Bréfritari: Jakobína Jónsdóttir
Viðtakandi: Sólveig Jónsdóttir
Dagsetning: A-1869-04-13
Skrifað á: Hólmum  S-Múl.
systir bréfviðtakanda

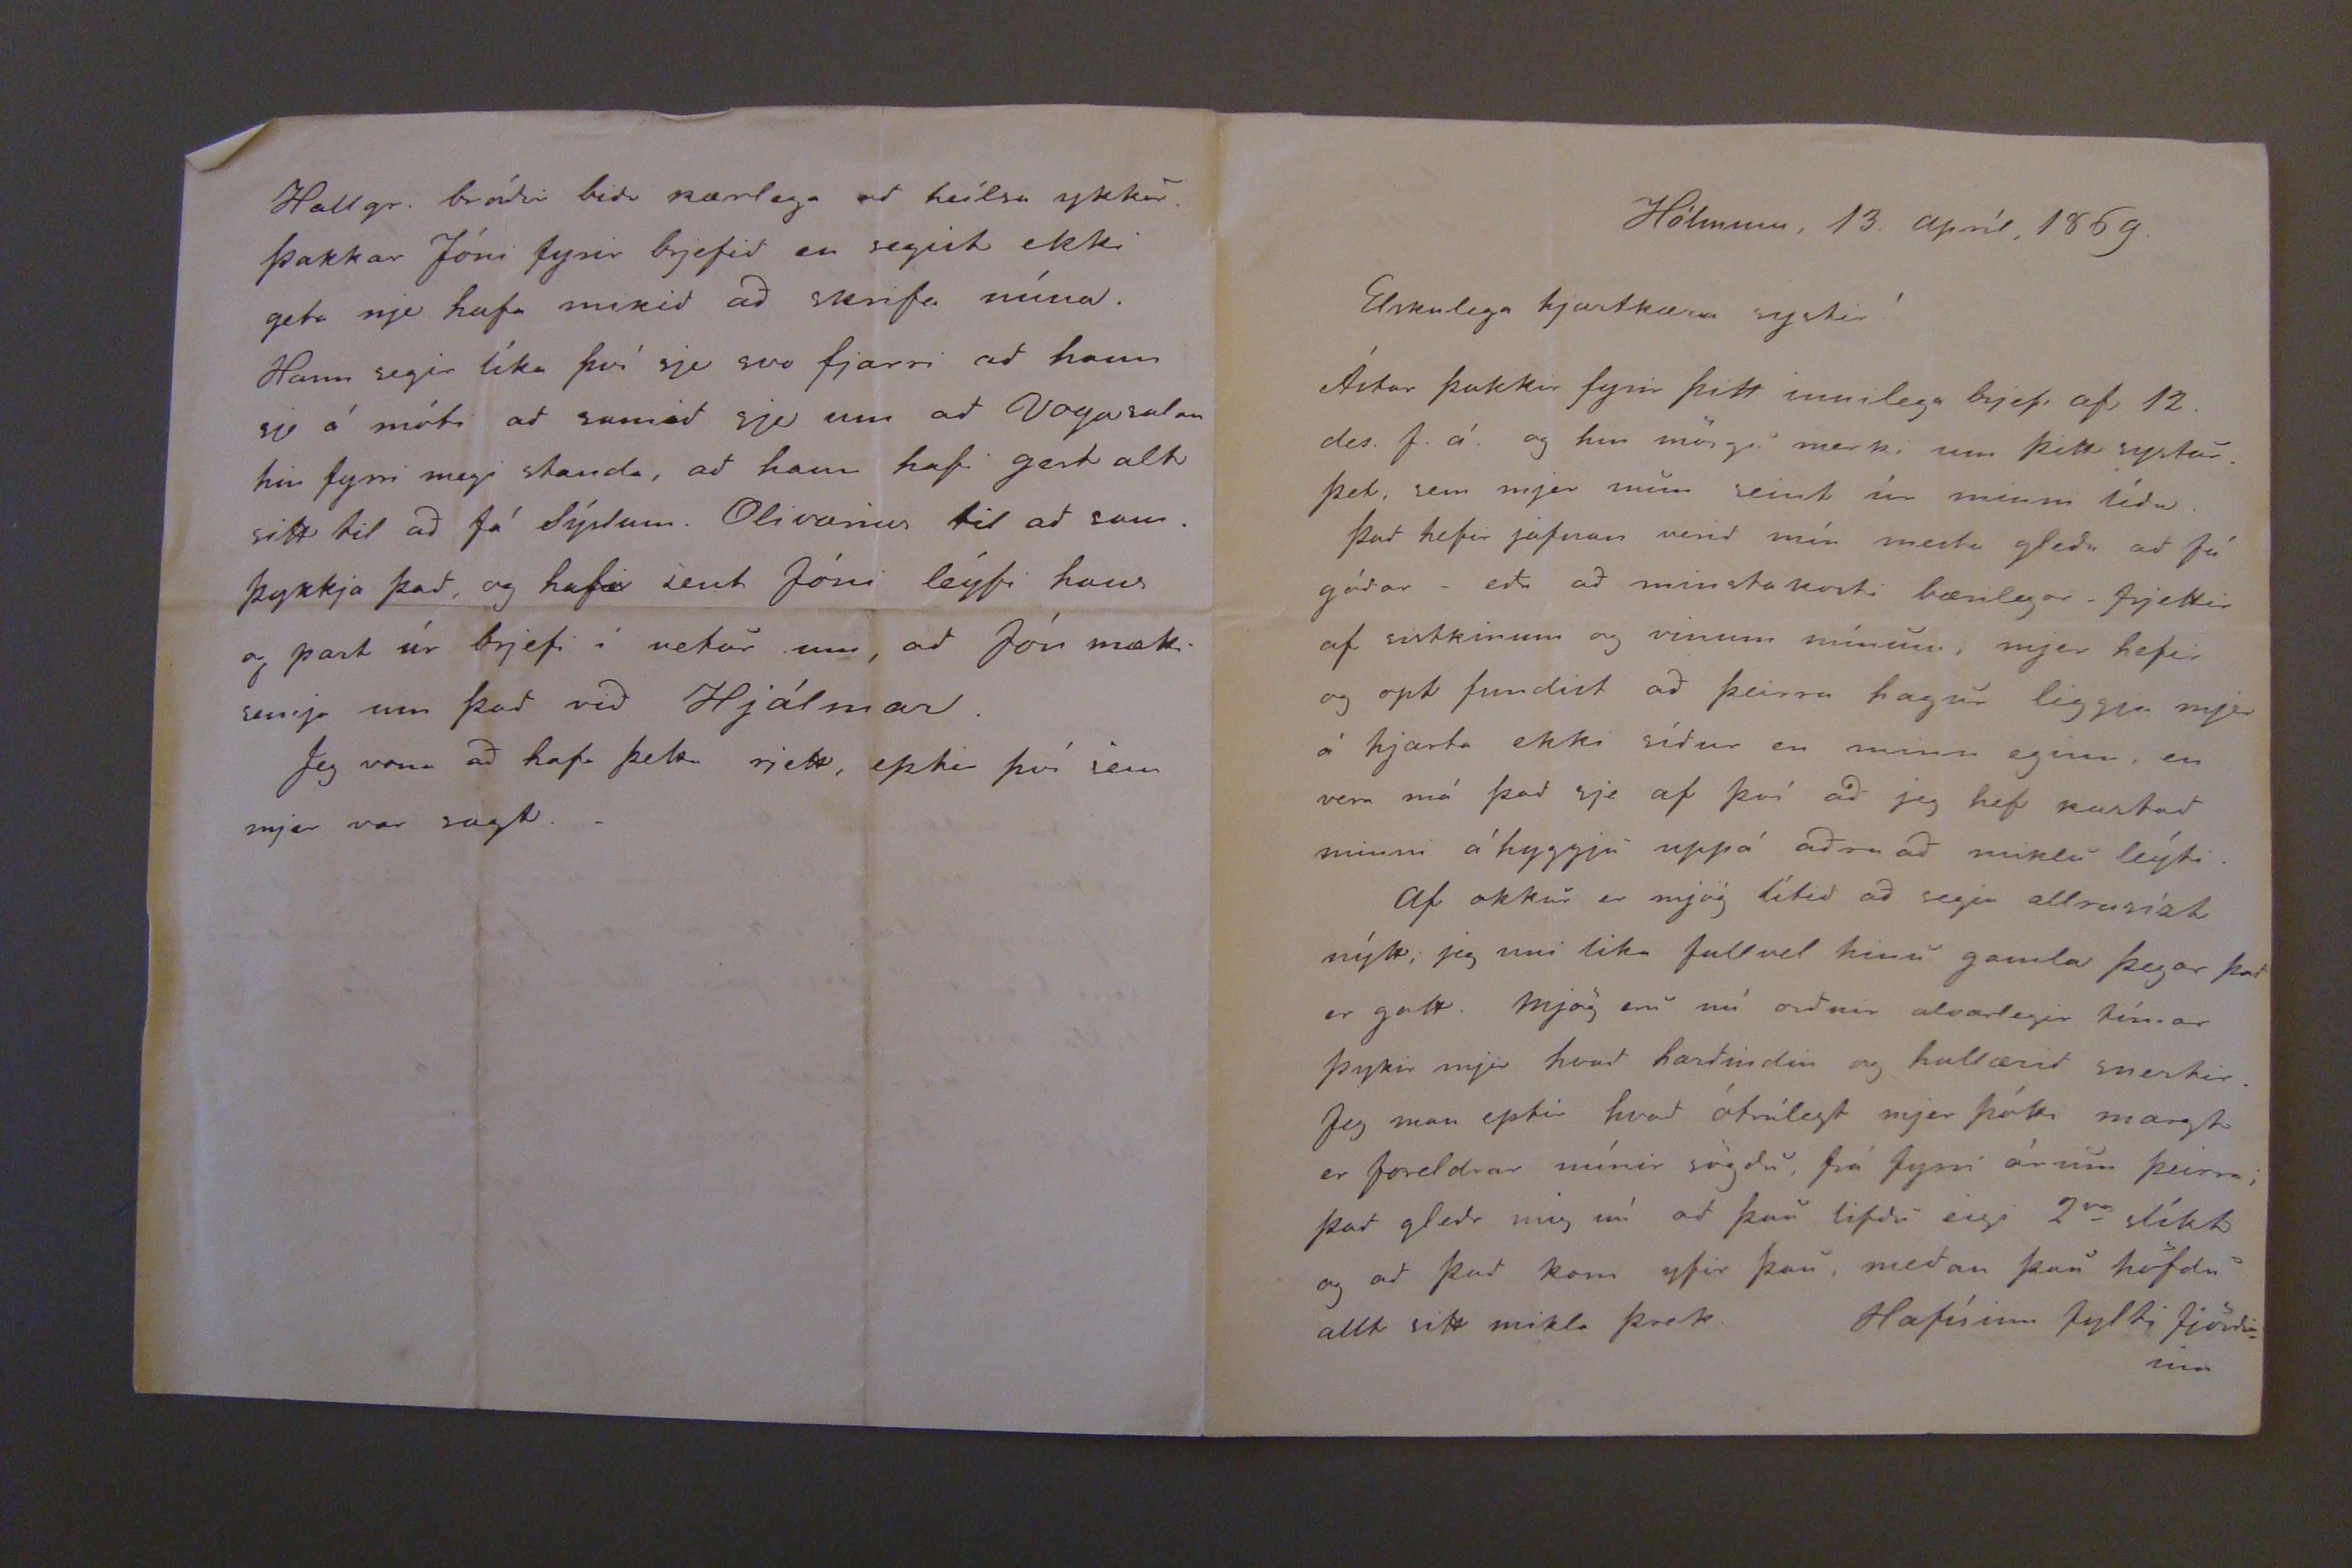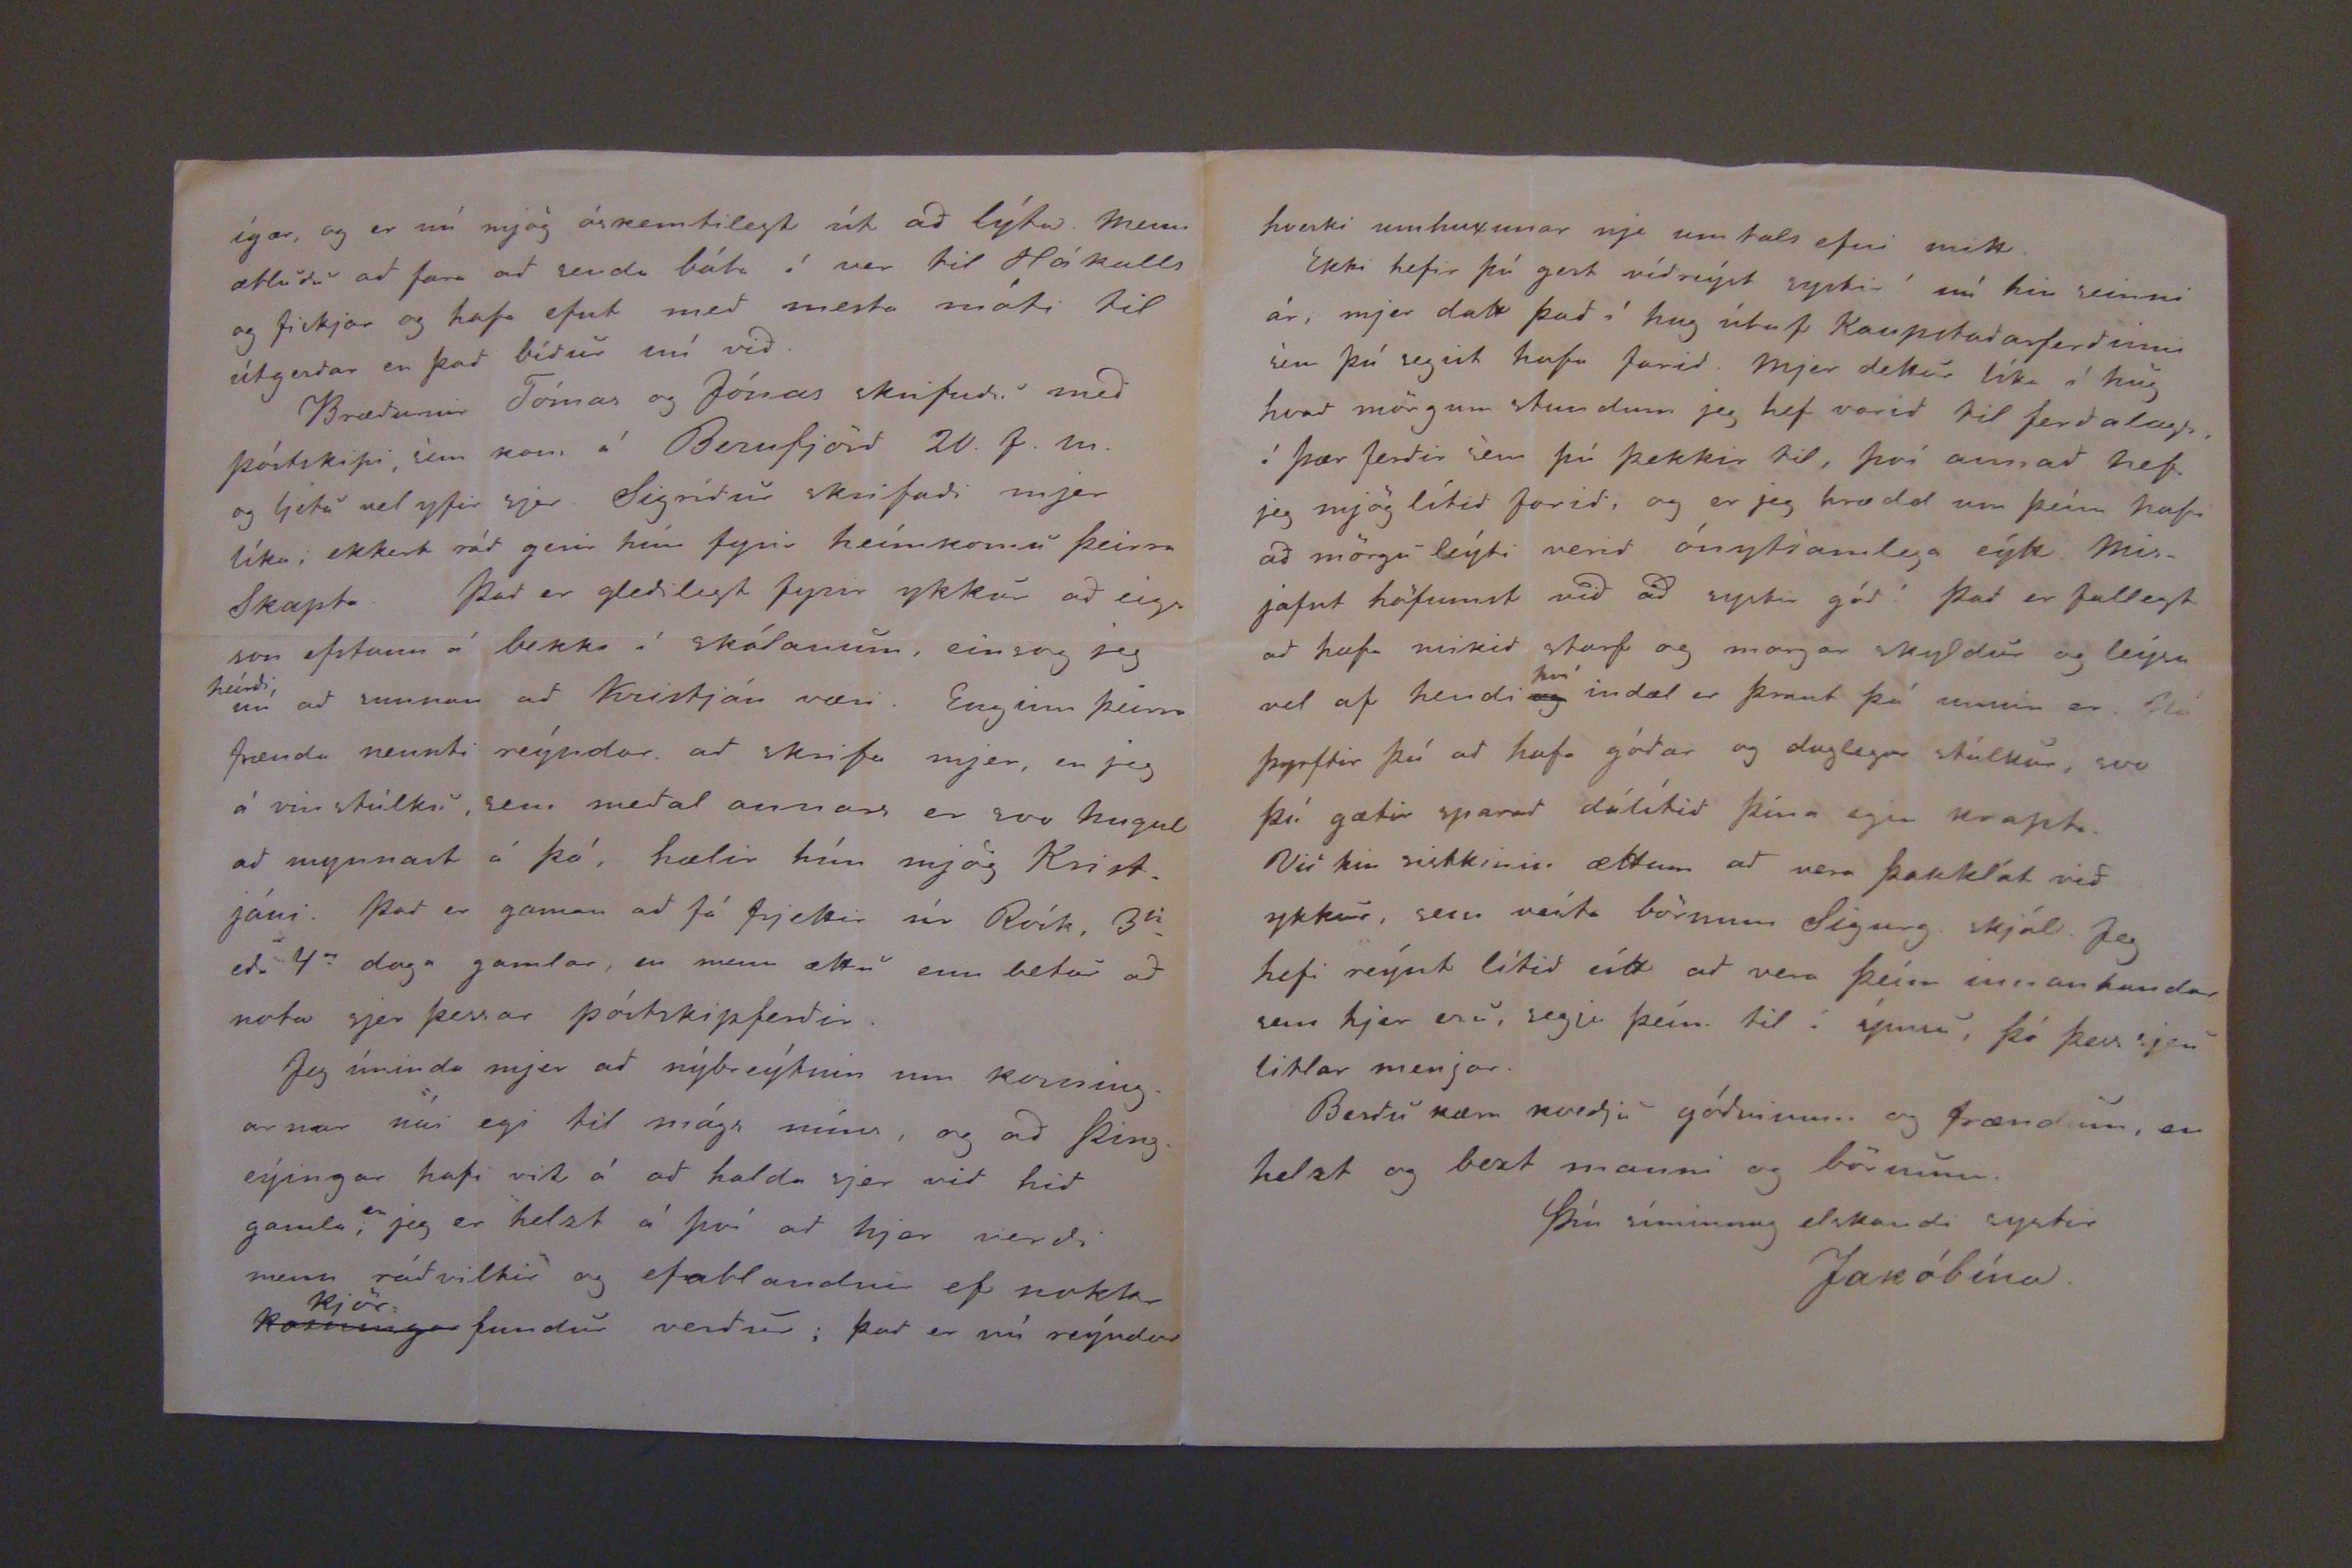

Hólmum, 13. apríl, 1869.
Elskulega hjartkæra systir!
Ástar þakkir fyrir þitt innilega brjef af 12. des. f.á. og hin mörgu merki um þitt systurþet sem mjer mun seint úr minni lída.
Þad hefir jafnan verid mín mesta gledi ad fá gódar -eda ad minnstakosti bærilegar- frjettir af sistkinum og vinum mínum, mjer hefir og opt fundist ad þeirra hagur liggja mjer á hjarta ekki sídur en minn eginn, en vera má þad sje af því ad jeg hef kostad minni áhyggju uppá adra ad miklu leýti.
Af okkur er mjög lítid ad segja allrasíst nýtt, jeg uni lika fullvel hinu gamla þegar þad er gott. Mjög eru nú ordnir alvarlegir tímar þykir mjer hvad hardindin og hallærid snertir. Jeg man eptir hvad ótrúlegt mjer þótti margt er foreldrar mínir sögdu, frá fyrri árum þeirra; þad gledr mig nú ad þau lifdu eigi 2
an
slíkt og ad þad kom yfir þau, medan þau höfdu allt sitt mikla þrek Hafísinn fylti fjördinn
ígær, og er nú mjög óskemtilegt út ad lýta. Menn ætludu ad fara ad senda báta í vor til Hákalls og fiskjar og hafa efnt med mesta móti til útgerdar er þad bídur nú vid.
Brædurnir Tómas og ónast skrifudu med póstskipi, sem kom á Beruförd 20. f.m. og ljetu vel yfir sjer. Sigrídur skrifadi mjer líka, ekkert rád gerir hún fyrir heímkomu þeirra Skapta. Þad er gledilegt fyrir ykkur ad eiga son efstann á bekki á skólanum, einsog jeg
heírdi
nú ad sunnan ad Kristján væri. Enginn þeirra frænda nennti reýndar ad skrifa mjer, en jeg á vinstúlku, sem medal annars er svo hugul ad mynnast á þá, hælir hún mjög Kristjáni. Þad er gaman ad fá frjettir úr Rvík, 3ja eda 4a daga gamlar, en menn ættu enn betur ad nota sjer þessar póstskipferdir.
Jeg úrinda mjer ad nýbreýtnin um kosningarnar nái egi til mágs míns, og ad Þingeýingar hafi vit á ad halda sjer við hið gamla,
er
jeg er helst á því að hjer verdi menn rádviltir og efablandir ef nokkr
kosningar
kjör
fundur verdur; þad er nú reýndar
Hallgr. bródir bidu kærlega ad heílsa ykkur. Þakkar Jóni fyrir brjefid en segist ekki geta nje hafa mikid ad skrifa núna. Hann segir líka því sje svo fjarri ad hann sje á móti ad samid sje um ad Vogasalan hin fyrri megi standa, ad hann hafi gert alt sitt til ad fá Sýslum. Olivarius til ad samþykkja þad, og hafi sent Jóni leýfi hans og part úr brjefi í vetur um, ad Jón mætti semja um þad vid Hjálmar.
Jeg vona ad hafa þetta rjett, eptir því sem mjer var sagt.
Ekki hefir þú gert vídreýst systir! nú hin seinni ár; mjer datt þad í hug útaf Kaupstadarferdinni sém þú segist hafa farid. Mjer dettur líka í hug hvad mörgum stundum jeg hef verdi til ferdalags, í þær ferdir sem þú þekkir til, því annad hef jeg mjög lítid farid, og er jeg hrædd um þeím hafi ad mörgu leýti verid ónytjanlega eýtt. Misjafnt höfumst vid ad systir gód! Þad er fallegt ad hafa mikid starf og margar skyldur og leýsa vel af hendi
og
því
indæl er þraut þá unnin er. Nú þyrftir þú ad hafa gódar og duglegar stúlkur, svo þú gætir sparad dálítid þína egin krapta. Vid kin sistkinin ættum ad vera þakklát vid ykkur, sem veita börnum Sigurg. skjól. Jeg hefi reýnt lítid eítt ad vera þeím innanhandar sem hjer eru, segja þeím til í ýmsu, þó þess sjeu litlar menjar.
Berdu kæra kvedju gódvinum og frændum, en helzt og bezt manni og börnum.
Þín síminnug elskandi systir
Jakóbína.